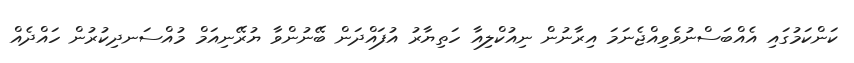
ކަންކަމުގައި އެއްބަސްނުވެވިއްޖެނަމަ އިރާނުން ނިއުކްލިއާ ހަތިޔާރު އުފައްދަން ބޭނުންވާ ޔުރޭނިއަމް މުއްސަނދިކުރުން ހައްދެއް